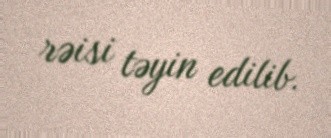
rəisi təyin edilib.